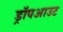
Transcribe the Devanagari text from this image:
ड्रॉपआउट